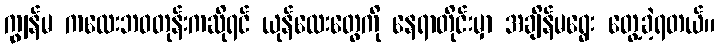
ကျွန်မ ကလေးဘဝတုန်းကဆိုရင် ယုန်လေးတွေကို နေရာတိုင်းမှာ အချိန်မရွေး တွေ့ခဲ့ရတယ်။